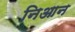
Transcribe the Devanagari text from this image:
निआन